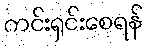
ကင်းရှင်းစေရန်